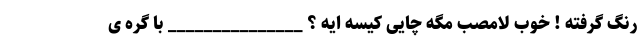
رنگ گرفته ! خوب لامصب مگه چایی کیسه ایه ؟ _______________ با گره ی